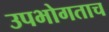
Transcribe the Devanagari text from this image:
उपभोगताच